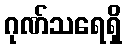
ဂုဏ်သရေရှိ